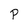
Character: p